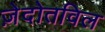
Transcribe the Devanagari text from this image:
ज़ेदोतविल